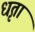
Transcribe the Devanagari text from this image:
धृता